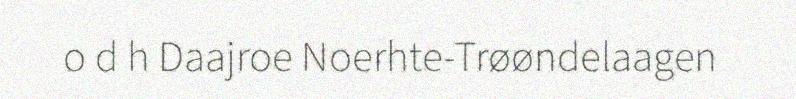
o d h Daajroe Noerhte-Trøøndelaagen